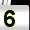
Digit: 5